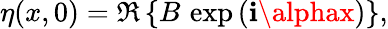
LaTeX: \eta(x,0)=\Re\left\{ B\, \exp\left(\mathbf{i}\alphax\right)\right\} ,